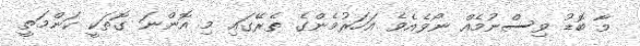
މާ ބޮޑު ވިސްނުމެއް ނޯވެއެވެ އަހަރުމެންގެ ތެރޭގައި މި އޮންނަ ގޮތަކީ ކަންމަތީ